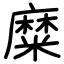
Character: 糜